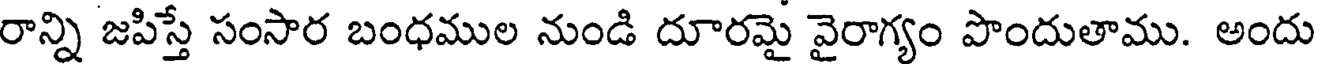
రాన్ని జపిస్తే సంసార బంధముల నుండి దూరమై వైరాగ్యం పొందుతాము. అందు